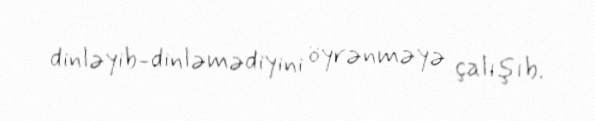
dinləyib-dinləmədiyini öyrənməyə çalışıb.